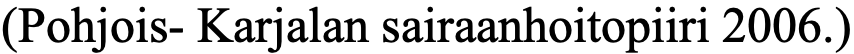
(Pohjois- Karjalan sairaanhoitopiiri 2006.)